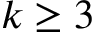
k \geq 3